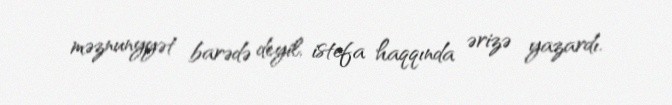
məznunyyət barədə deyil, istefa haqqında ərizə yazardı.